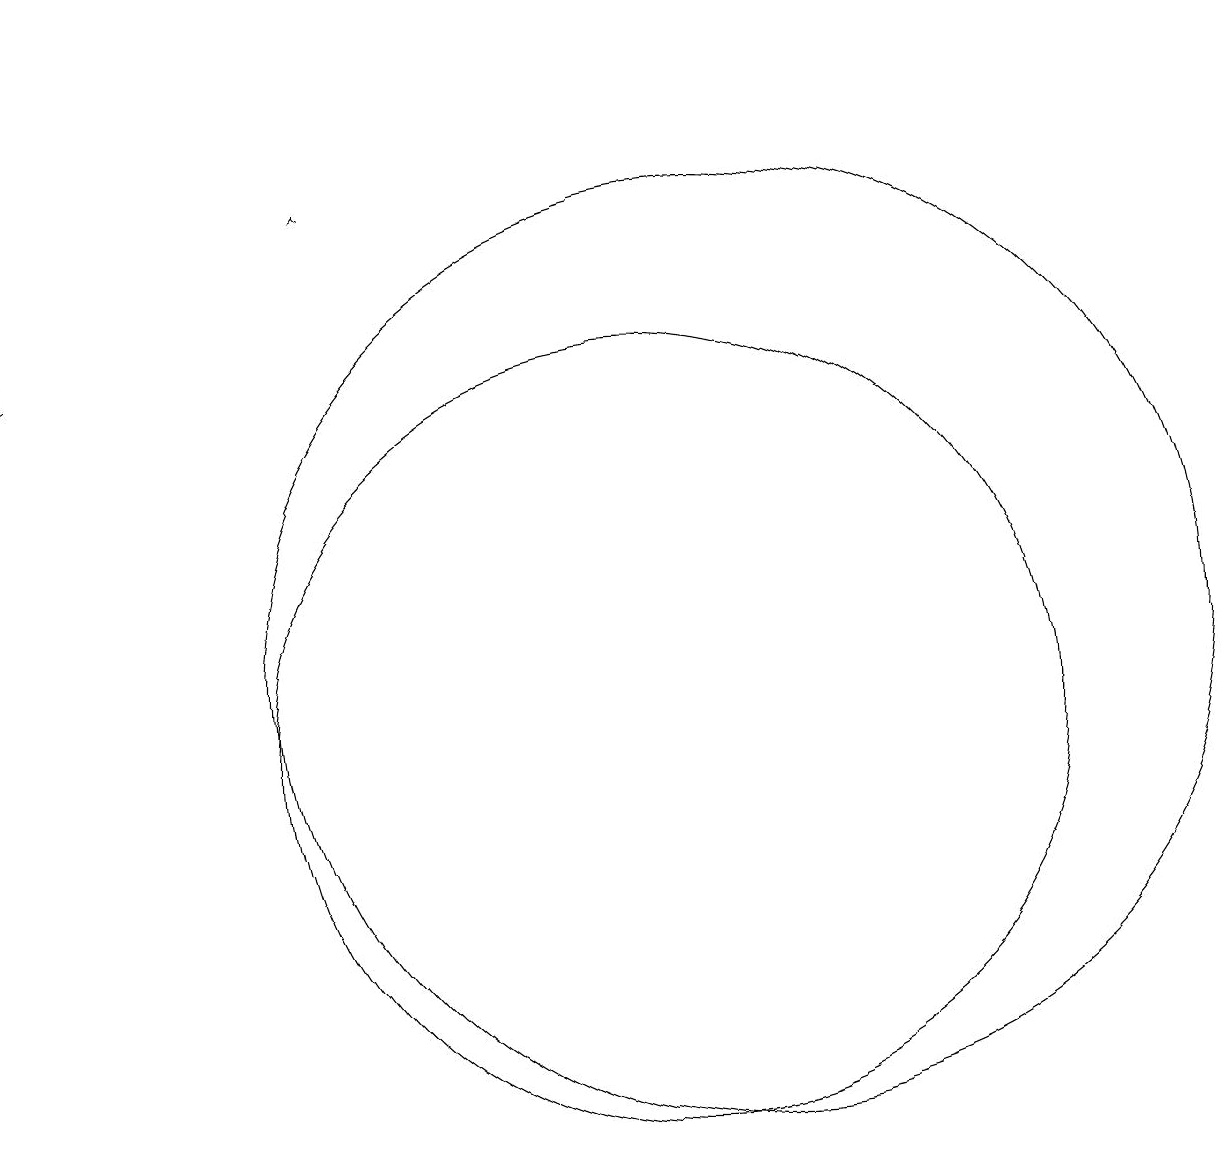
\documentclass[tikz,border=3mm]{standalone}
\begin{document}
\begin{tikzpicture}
\draw[->] (2,19) -- (2,15);
\draw (11,11) circle (6);
\draw[->] (6,17) -- (6,17);
\draw (10,10) circle (5);
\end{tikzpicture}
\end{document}